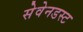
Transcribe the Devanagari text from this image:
सेवेनडस्ट